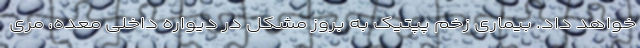
خواهد داد. بیماری زخم پپتیک به بروز مشکل در دیواره داخلی معده، مری